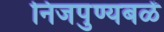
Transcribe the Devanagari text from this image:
निजपुण्यबळें